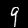
Digit: 9